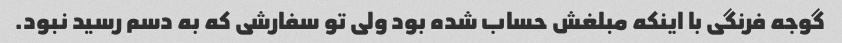
گوجه فرنگی با اینکه مبلغش حساب شده بود ولی تو سفارشی که به دسم رسید نبود.